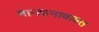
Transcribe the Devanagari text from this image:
मानधनाबाबत